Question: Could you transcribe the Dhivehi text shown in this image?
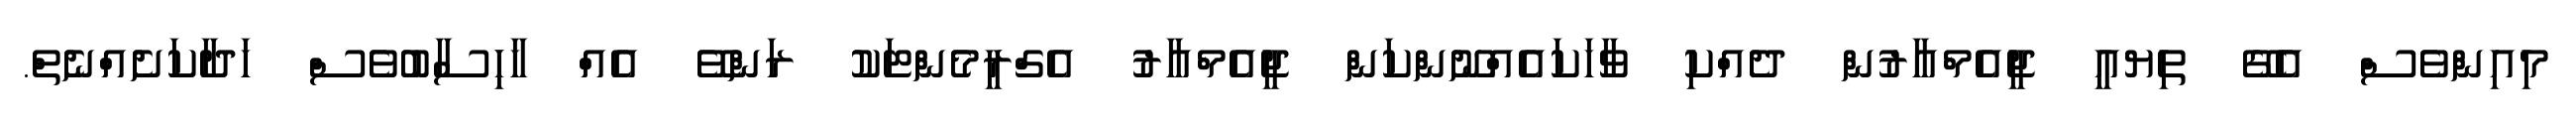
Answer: މިއިންވެސް އެގޭ ތިޔއީ ޖީއެމްއާރުން ދެއްކި ވާހަކައެއްނޫންކަން ޖީއެމްއާރު އެގްރީމެންޓަކު ރަންވޭ އެއް ހާހިސާބުވެސް ހަދާކަށެއްނެތް.